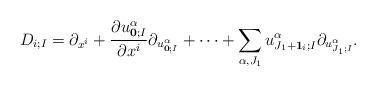
LaTeX: \begin{align*}D_{i;I}=\partial_{x^i}+\frac{\partial u_{\bold{0};I}^{\alpha}}{\partial x^i}\partial_{u_{\bold{0};I}^{\alpha}}+\cdots+\sum_{\alpha,J_1}u^{\alpha}_{J_1+\bold{1}_i;I}\partial_{u^{\alpha}_{J_1;I}}.\end{align*}